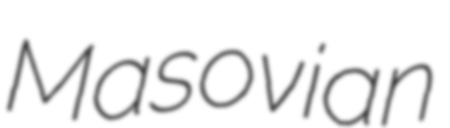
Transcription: Masovian